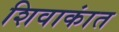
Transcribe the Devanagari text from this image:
शिवाकांत